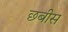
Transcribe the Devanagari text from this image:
छबीस